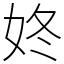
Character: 㚵